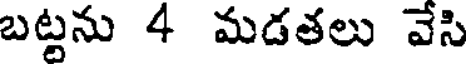
బట్టను 4 మడతలు వేసి